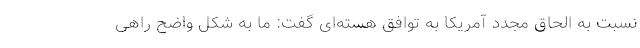
نسبت به الحاق مجدد آمریکا به توافق هسته‌ای گفت: ما به شکل واضح راهی